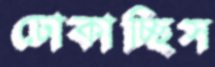
ঢোকাচ্ছিস